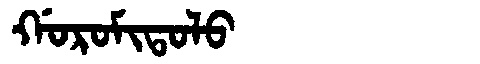
Manchu: ᡤᠣᡵᠣᠮᡳᡨᠣᠯᠣ
Romanization: GOROMITOLO